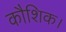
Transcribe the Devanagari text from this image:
कौशिक।